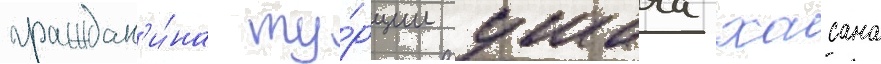
граждан'и́на ту́рции умача хасана